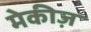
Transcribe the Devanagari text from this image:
मेकीज़